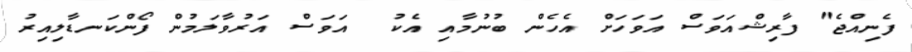
ފެނިއްޖެ" ފާރިޝްއަވަސް އަވަހަށް އެހެން ބުނުމާއި އެކު  އަވަސް އަރުވާލަމުން ފޯންކަނޑާލިއިރު